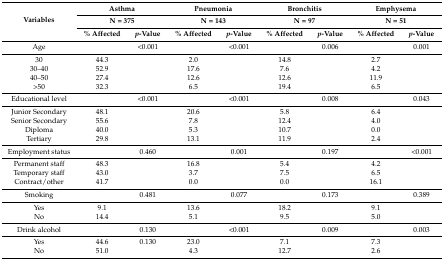
| <ROWSPAN=3> Variables | <COLSPAN=2> Asthma | <COLSPAN=2> Pneumonia | <COLSPAN=2> Bronchitis | <COLSPAN=2> Emphysema |
 | <COLSPAN=2> N = 375 | <COLSPAN=2> N = 143 | <COLSPAN=2> N = 97 | <COLSPAN=2> N = 51 |
 | % Affected | p-Value | % Affected | p-Value | % Affected | p-Value | % Affected | p-Value |
 | --- | --- | --- | --- | --- | --- | --- | --- | --- |
 | Age |  | <0.001 |  | <0.001 |  | 0.006 |  | 0.001 |
 | 30 | 44.3 |  | 2.0 |  | 14.8 |  | 2.7 |  |
 | 30–40 | 52.9 |  | 17.6 |  | 7.6 |  | 4.2 |  |
 | 40–50 | 27.4 |  | 12.6 |  | 12.6 |  | 11.9 |  |
 | >50 | 32.3 |  | 6.5 |  | 19.4 |  | 6.5 |  |
 | Educational level |  | <0.001 |  | <0.001 |  | 0.008 |  | 0.043 |
 | Junior Secondary | 48.1 |  | 20.6 |  | 5.8 |  | 6.4 |  |
 | Senior Secondary | 55.6 |  | 7.8 |  | 12.4 |  | 4.0 |  |
 | Diploma | 40.0 |  | 5.3 |  | 10.7 |  | 0.0 |  |
 | Tertiary | 29.8 |  | 13.1 |  | 11.9 |  | 2.4 |  |
 | Employment status |  | 0.460 |  | 0.001 |  | 0.197 |  | <0.001 |
 | Permanent staff | 48.3 |  | 16.8 |  | 5.4 |  | 4.2 |  |
 | Temporary staff | 43.0 |  | 3.7 |  | 7.5 |  | 6.5 |  |
 | Contract/other | 41.7 |  | 0.0 |  | 0.0 |  | 16.1 |  |
 | Smoking |  | 0.481 |  | 0.077 |  | 0.173 |  | 0.389 |
 | Yes | 9.1 |  | 13.6 |  | 18.2 |  | 9.1 |  |
 | No | 14.4 |  | 5.1 |  | 9.5 |  | 5.0 |  |
 | Drink alcohol |  | 0.130 |  | <0.001 |  | 0.009 |  | 0.003 |
 | Yes | 44.6 | 0.130 | 23.0 |  | 7.1 |  | 7.3 |  |
 | No | 51.0 |  | 4.3 |  | 12.7 |  | 2.6 |  |